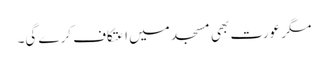
مگر عورت بھی مسجد میں اعتکاف کرے گی۔